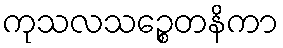
ကုသလသဉ္စေတနိကာ